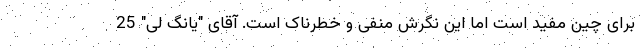
برای چین مفید است اما این نگرش منفی و خطرناک است. آقای "یانگ لی" 25